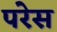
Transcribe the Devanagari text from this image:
परेस